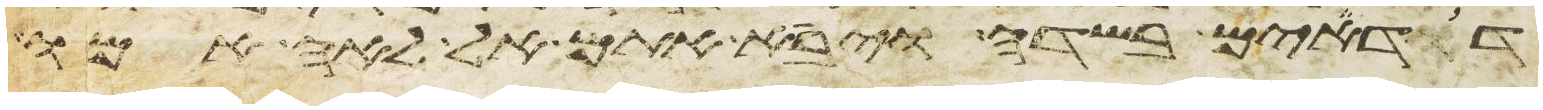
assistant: דודים בשדה ויבא אתם אל לאה אמו